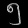
Digit: ၅